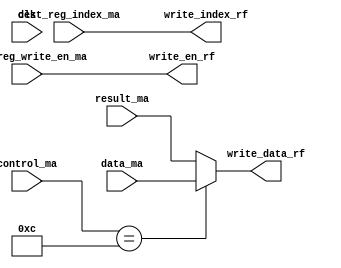
module RegisterWriteBack(input              clk,
                         input [4:0]        dest_reg_index_ma,
                         input              dest_reg_write_en_ma,
                         input [15:0]       result_ma,
                         input [15:0]       data_ma,
                         input [3:0]        control_ma,
                         output reg [4:0]   write_index_rf,
                         output reg [15:0]  write_data_rf,
                         output reg         write_en_rf);  

   
   parameter LOAD = 4'b1100;
   
   always@(*)
     begin
	write_index_rf = dest_reg_index_ma;
	
	if(control_ma == LOAD)
          write_data_rf = data_ma;
	else
          write_data_rf = result_ma;
	
	write_en_rf = dest_reg_write_en_ma;
     end                                                                                                             
endmodule